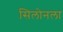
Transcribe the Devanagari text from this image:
सिलोनला